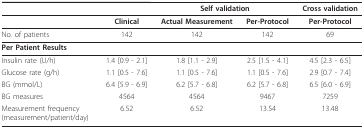
|  |  | <COLSPAN=2> Self validation | Cross validation |
 | --- | --- | --- | --- | --- |
 |  | Clinical | Actual Measurement | Per-Protocol | Per-Protocol |
 | No. of patients | 142 | 142 | 142 | 69 |
 | <COLSPAN=5> Per Patient Results |
 | Insulin rate (U/h) | 1.4 [0.9 - 2.1] | 1.8 [1.1 - 2.9] | 2.5 [1.5 - 4.1] | 4.5 [2.3 - 6.5] |
 | Glucose rate (g/h) | 1.1 [0.5 - 7.6] | 1.1 [0.5 - 7.6] | 1.1 [0.5 - 7.6] | 2.9 [0.7 - 7.4] |
 | BG (mmol/L) | 6.4 [5.9 - 6.9] | 6.2 [5.7 - 6.8] | 6.2 [5.7 - 6.8] | 6.5 [6.0 - 6.9] |
 | BG measures | 4564 | 4564 | 9467 | 7259 |
 | Measurement frequency(measurement/patient/day) | 6.52 | 6.52 | 13.54 | 13.48 |